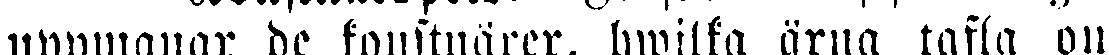
uppmanar de konstnärer, hwilka ärva tafla om